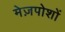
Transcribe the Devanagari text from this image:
मेज़पोशों